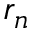
r _ { n }